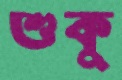
শুকু